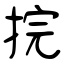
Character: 捖